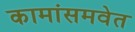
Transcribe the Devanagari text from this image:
कामांसमवेत